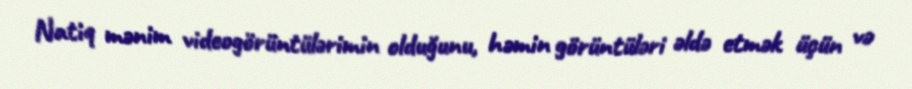
Natiq mənim vidеоgörüntülərimin оlduğunu, həmin görüntüləri əldə еtmək üçün və